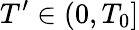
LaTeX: T^{\prime}\in(0,T_{0}]